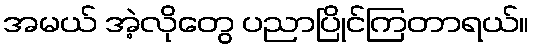
အမယ် အဲ့လိုတွေ ပညာပြိုင်ကြတာရယ်။